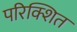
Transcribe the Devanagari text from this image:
परिक्शित